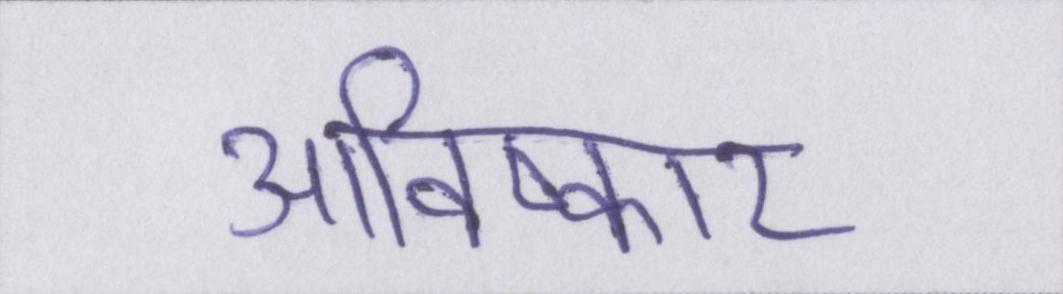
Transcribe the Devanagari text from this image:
आविष्कार